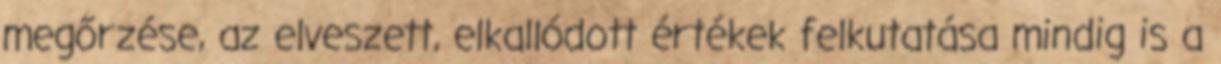
megőrzése, az elveszett, elkallódott értékek felkutatása mindig is a